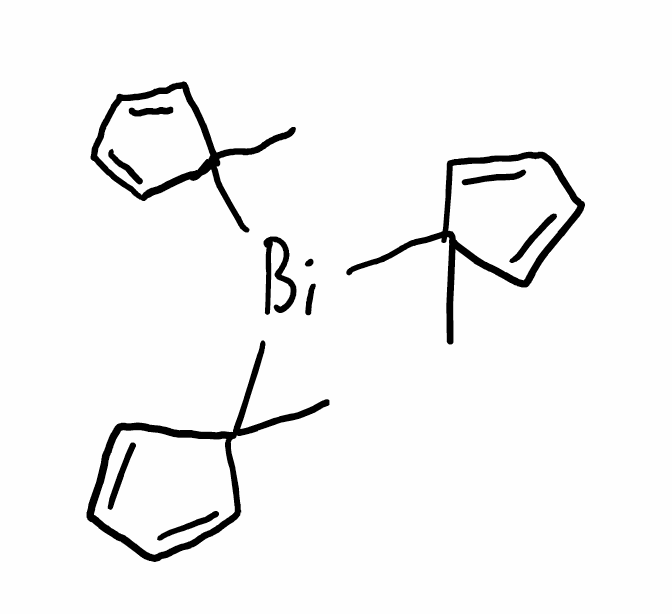
Simplified molecular-input line-entry system (SMILES) notation of the given molecule:
CC1(C=CC=C1)[Bi](C2(C=CC=C2)C)C3(C=CC=C3)C